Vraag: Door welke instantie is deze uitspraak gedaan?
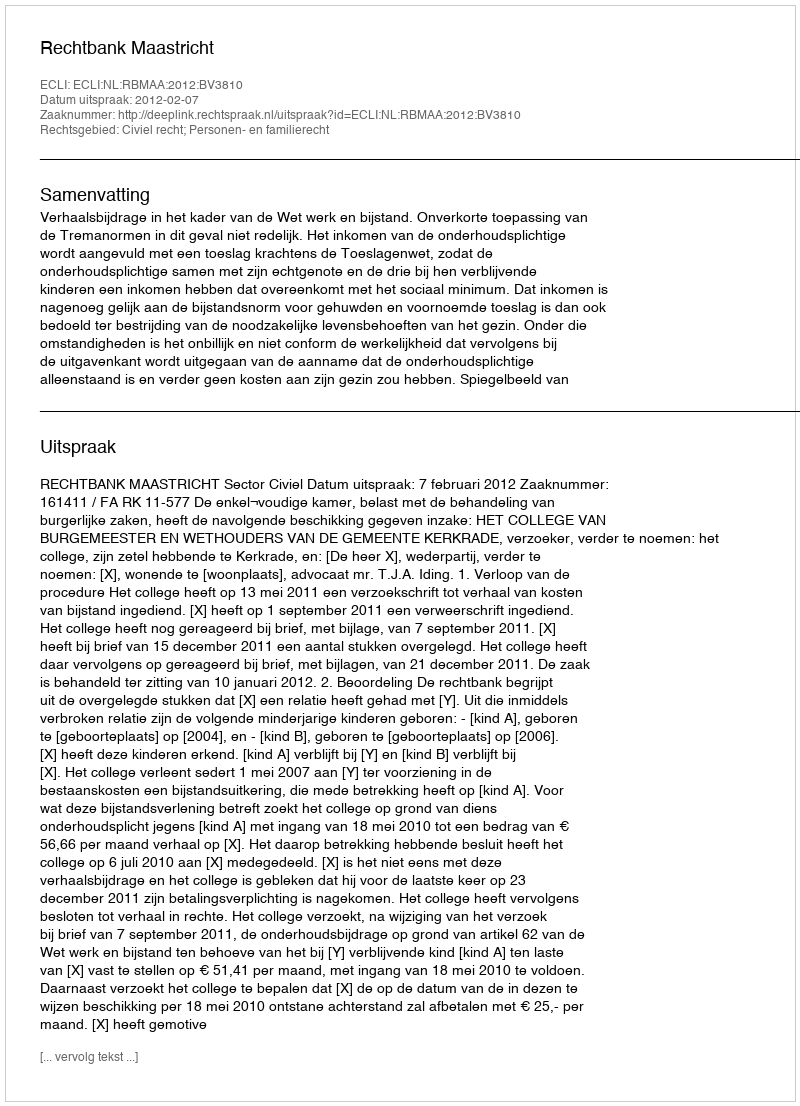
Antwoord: Rechtbank Maastricht